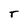
Character: T